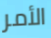
الأمر